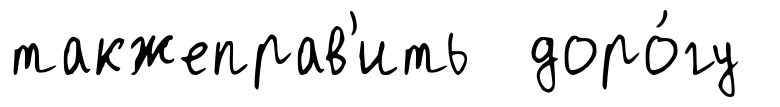
такжеправ'ить доро́гу